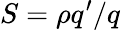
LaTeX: S=\rho q^{\prime}/q